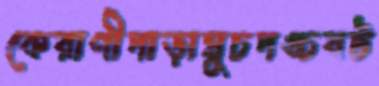
কেরাণীপাড়াঘুচপঙ্চবট